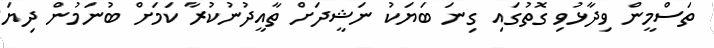
ތަސްމީން ވިދާޅުވި ގޮތުގައި ގިނަ ބަޔަކު ނަޝީދަށް ތާއީދުނުކުރާ ކަމަށް ބުނަމުން ދިޔަ